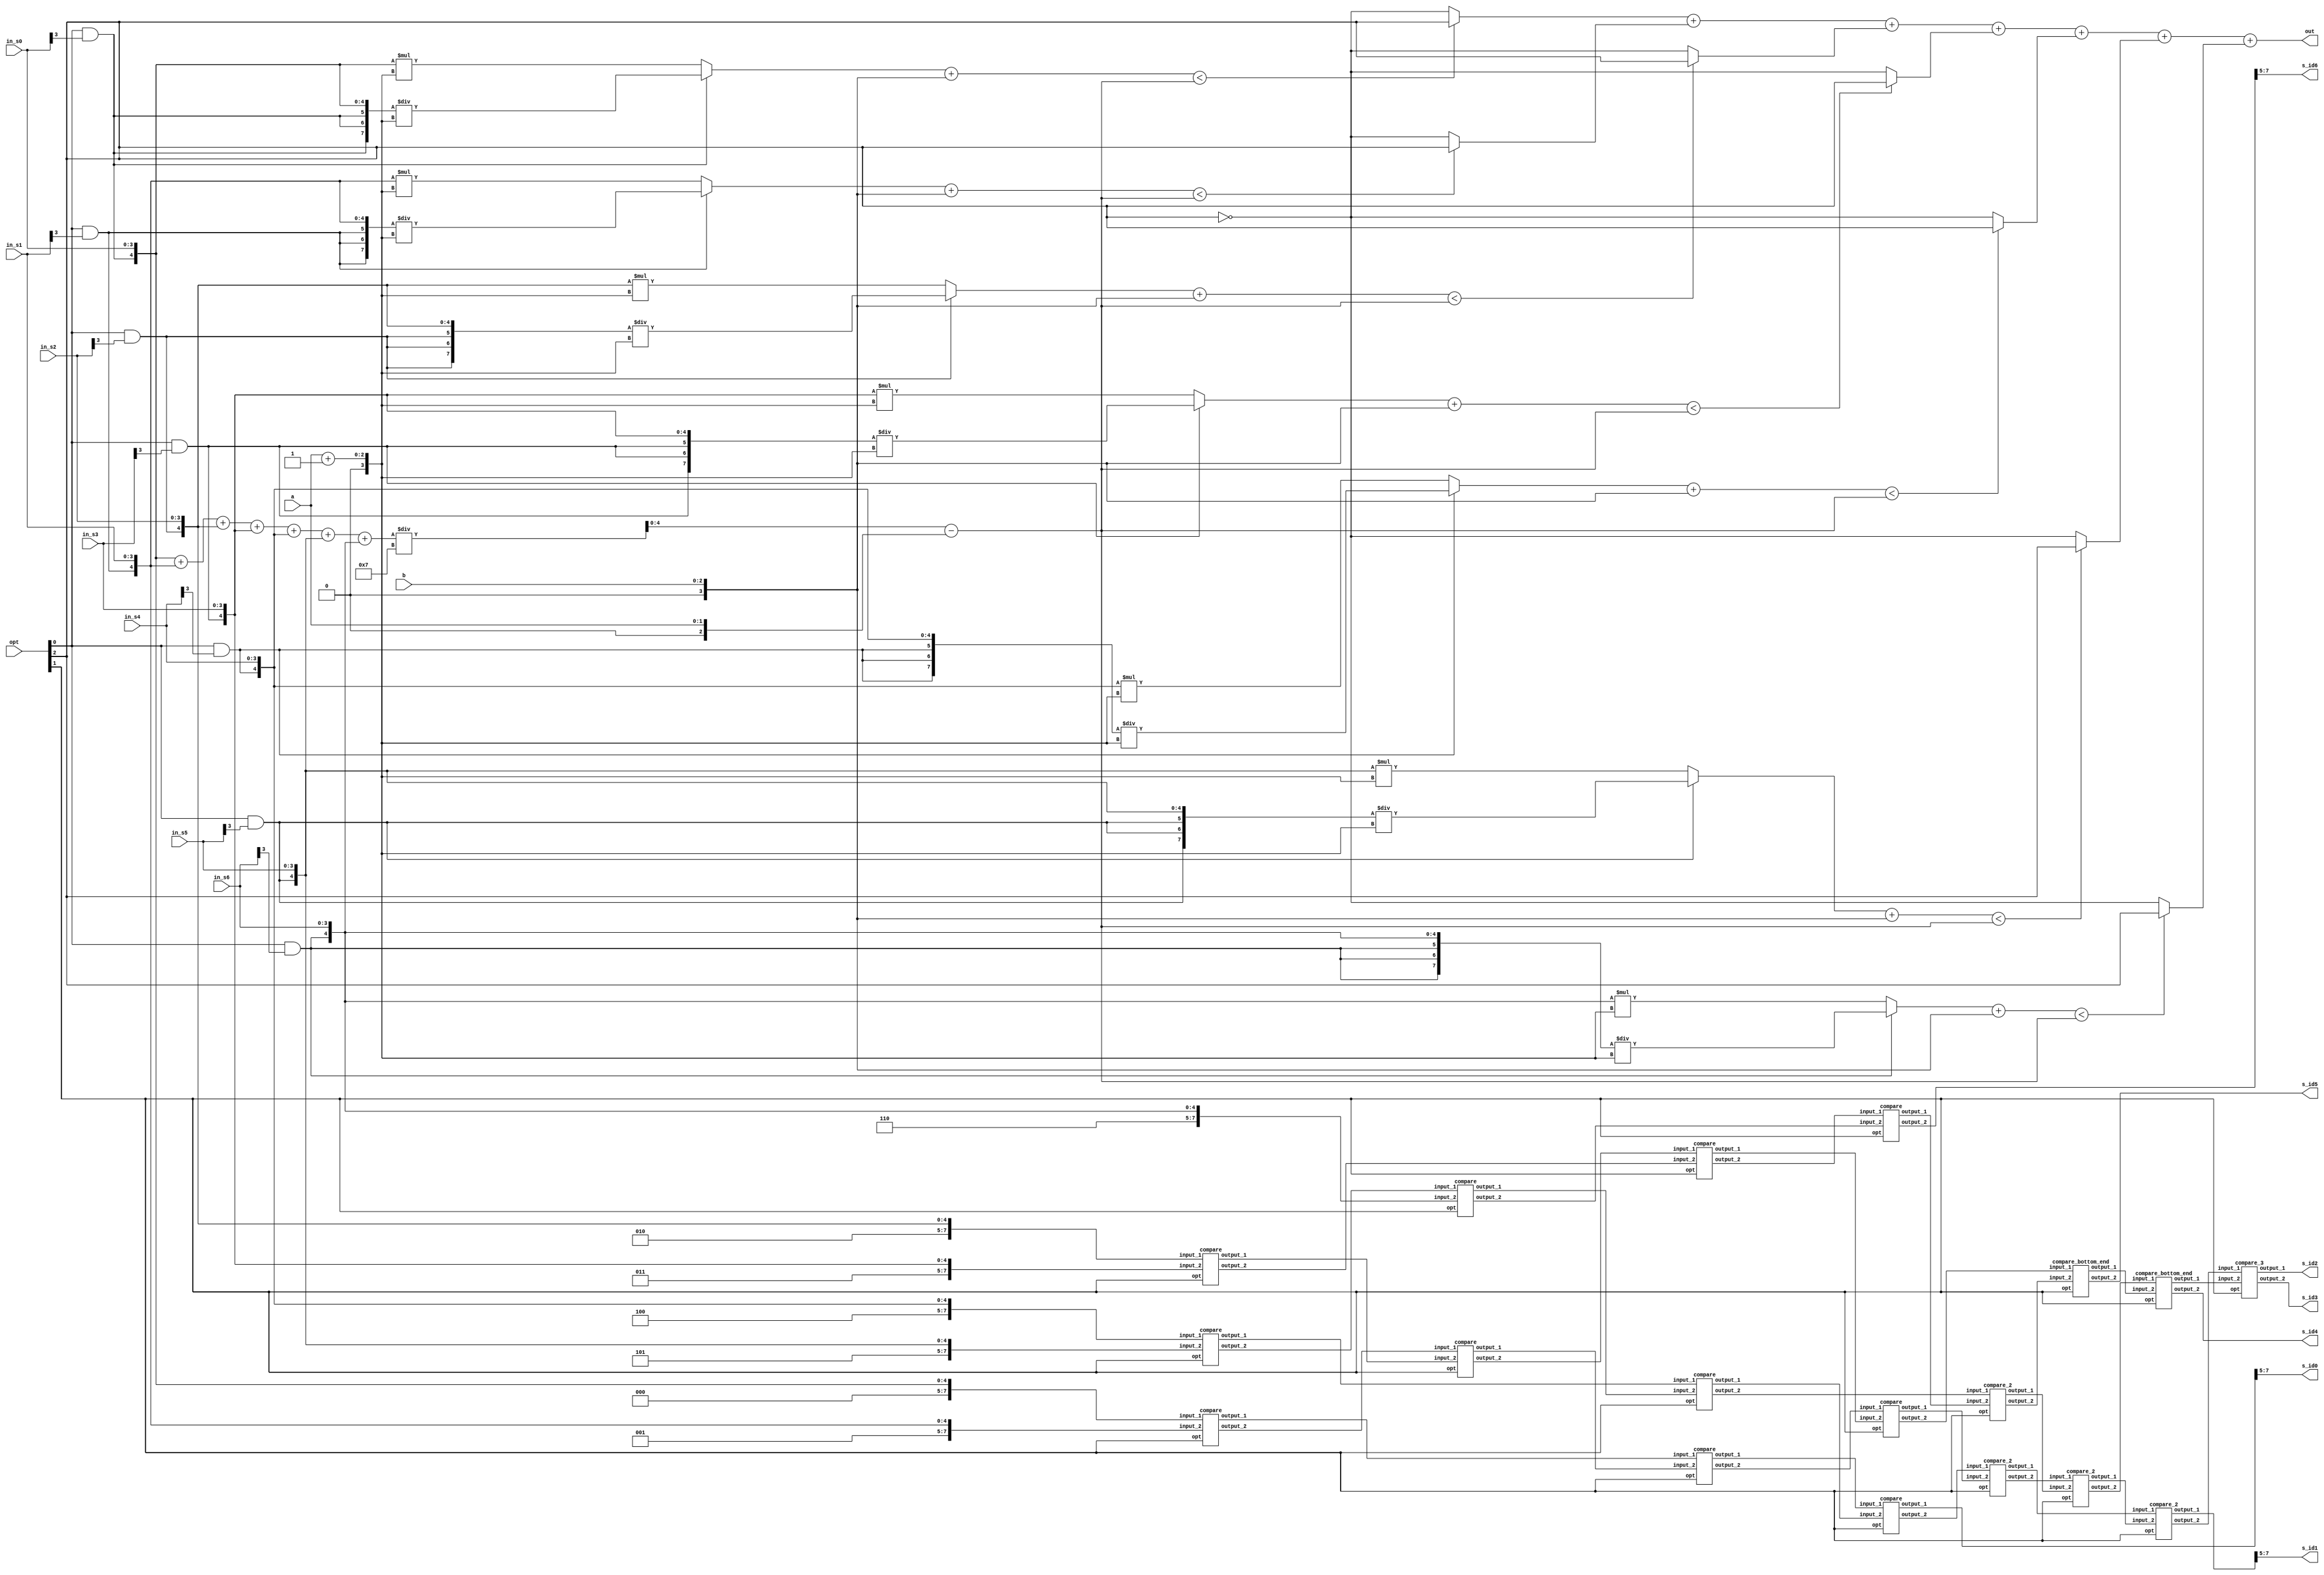
/*
 
****************************************
Report : area
Design : CC
Version: R-2020.09
Date   : Sat Feb 25 04:03:56 2023
****************************************

Library(s) Used:

    slow (File: /RAID2/COURSE/iclab/iclabta01/umc018/Synthesis/slow.db)

Number of ports:                           60
Number of nets:                          1231
Number of cells:                         1151
Number of combinational cells:           1151
Number of sequential cells:                 0
Number of macros/black boxes:               0
Number of buf/inv:                        185
Number of references:                      44

Combinational area:              21508.502718
Buf/Inv area:                     1846.152067
Noncombinational area:               0.000000
Macro/Black Box area:                0.000000
Net Interconnect area:      undefined  (No wire load specified)

Total cell area:                 21508.502718
Total area:                 undefined
1

*/


module CC(
  in_s0,
  in_s1,
  in_s2,
  in_s3,
  in_s4,
  in_s5,
  in_s6,
  opt,
  a,
  b,
  s_id0,
  s_id1,
  s_id2,
  s_id3,
  s_id4,
  s_id5,
  s_id6,
  out

);
input [3:0]in_s0;
input [3:0]in_s1;
input [3:0]in_s2;
input [3:0]in_s3;
input [3:0]in_s4;
input [3:0]in_s5;
input [3:0]in_s6;
input [2:0]opt;
input [1:0]a;
input [2:0]b;
output [2:0] s_id0;
output [2:0] s_id1;
output [2:0] s_id2;
output [2:0] s_id3;
output [2:0] s_id4;
output [2:0] s_id5;
output [2:0] s_id6;
output [2:0] out; 
//==================================================================
// reg & wire
//==================================================================
wire signed [4+3:0] in_t0, in_t1, in_t2, in_t3, in_t4, in_t5, in_t6;
wire signed [7:0] temp_1,temp_2,temp_3,temp_4,temp_5,temp_6,temp_7,temp_8,temp_9,temp_10,
                  temp_11,temp_12,temp_13,temp_14,temp_15,temp_16,temp_17,temp_18,temp_19,temp_20,
                  temp_21,temp_22,temp_23,temp_24,temp_25,temp_26,temp_27,temp_28,temp_29,//temp_30,
                  temp_31,temp_32,temp_33;//,temp_34;//,temp_35,temp_36;
wire signed [2:0] temp_30,temp_34,temp_35,temp_36;  //temp_31 cannot use[2:0] for area is not decreasing
reg signed [7:0] sum;
reg signed [4:0] qutio;
wire signed [2:0] alpha;
wire signed [3:0] alpha_p;
reg signed [4:0] pass_score;

wire signed [7:0] new_score[6:0]; 
wire signed [3:0] beta;
wire pass_num [6:0];
wire vote, unvote;
wire signed [7:0] score_qutio[6:0];
wire signed [7:0] score_product[6:0];
wire signed [7:0] score_product_dete[6:0];


//==================================================================
// design
//==================================================================
assign  in_t0 = {3'd0,(opt[0]&in_s0[3]),in_s0};
assign  in_t1 = {3'd1,(opt[0]&in_s1[3]),in_s1};
assign  in_t2 = {3'd2,(opt[0]&in_s2[3]),in_s2};
assign  in_t3 = {3'd3,(opt[0]&in_s3[3]),in_s3};
assign  in_t4 = {3'd4,(opt[0]&in_s4[3]),in_s4};
assign  in_t5 = {3'd5,(opt[0]&in_s5[3]),in_s5};
assign  in_t6 = {3'd6,(opt[0]&in_s6[3]),in_s6};
assign alpha = {1'b0,a};
assign alpha_p = {1'b0,alpha}+1'b1;
assign beta = {1'b0,b};


//--------------------
//  OUTPUTS
//--------------------
assign out = pass_num[0] + pass_num[1] + pass_num[2] + pass_num[3] +pass_num[4] + pass_num[5] + pass_num[6];
assign  s_id0 = temp_19[7:5];
assign  s_id1 = temp_31[7:5];
assign  s_id2 = temp_35;//[7:5];
assign  s_id3 = temp_36;//[7:5];
assign  s_id4 = temp_34;//[7:5];
assign  s_id5 = temp_30;//[7:5];
assign  s_id6 = temp_22[7:5];

//--------------------
//  SORT by MERGE SORT
//--------------------
compare M1(.input_1(in_t0),.input_2(in_t1),.opt(opt[1]),.output_1(temp_1),.output_2(temp_2));
compare M2(.input_1(in_t2),.input_2(in_t3),.opt(opt[1]),.output_1(temp_3),.output_2(temp_4));
compare M3(.input_1(in_t4),.input_2(in_t5),.opt(opt[1]),.output_1(temp_5),.output_2(temp_6));
compare M4(.input_1(temp_2),.input_2(temp_3),.opt(opt[1]),.output_1(temp_7),.output_2(temp_8));
compare M5(.input_1(temp_6),.input_2(in_t6),.opt(opt[1]),.output_1(temp_9),.output_2(temp_10));
compare M6(.input_1(temp_1),.input_2(temp_7),.opt(opt[1]),.output_1(temp_11),.output_2(temp_12));
compare M7(.input_1(temp_8),.input_2(temp_4),.opt(opt[1]),.output_1(temp_13),.output_2(temp_14));
compare M8(.input_1(temp_5),.input_2(temp_9),.opt(opt[1]),.output_1(temp_15),.output_2(temp_16));
compare M9(.input_1(temp_12),.input_2(temp_13),.opt(opt[1]),.output_1(temp_17),.output_2(temp_18));
//

compare M10(.input_1(temp_11),.input_2(temp_15),.opt(opt[1]),.output_1(temp_19),.output_2(temp_20));
compare M11(.input_1(temp_14),.input_2(temp_10),.opt(opt[1]),.output_1(temp_21),.output_2(temp_22));
compare_2 M12(.input_1(temp_20),.input_2(temp_17),.opt(opt[1]),.output_1(temp_23),.output_2(temp_24));
compare_2 M13(.input_1(temp_16),.input_2(temp_21),.opt(opt[1]),.output_1(temp_25),.output_2(temp_26));
compare_2 M14(.input_1(temp_24),.input_2(temp_25),.opt(opt[1]),.output_1(temp_27),.output_2(temp_28));
compare_bottom_end M15(.input_1(temp_18),.input_2(temp_26),.opt(opt[1]),.output_1(temp_29),.output_2(temp_30));
compare_2 M16(.input_1(temp_23),.input_2(temp_27),.opt(opt[1]),.output_1(temp_31),.output_2(temp_32));
compare_bottom_end M17(.input_1(temp_28),.input_2(temp_29),.opt(opt[1]),.output_1(temp_33),.output_2(temp_34));
compare_3 M18(.input_1(temp_32),.input_2(temp_33),.opt(opt[1]),.output_1(temp_35),.output_2(temp_36));

//---------------------------------------
//  Vote if the student pass/fail the test
//----------------------------------------
assign vote = opt[2]^1'b0;
assign unvote = ~vote;

assign pass_num[0] = (new_score[0]<pass_score)?vote:unvote;
assign pass_num[1] = (new_score[1]<pass_score)?vote:unvote;
assign pass_num[2] = (new_score[2]<pass_score)?vote:unvote;
assign pass_num[3] = (new_score[3]<pass_score)?vote:unvote;
assign pass_num[4] = (new_score[4]<pass_score)?vote:unvote;
assign pass_num[5] = (new_score[5]<pass_score)?vote:unvote;
assign pass_num[6] = (new_score[6]<pass_score)?vote:unvote;

//-----------------------------------
//  Score Linear Translation
//-----------------------------------
  assign score_qutio[0] = $signed(in_t0[4:0])/alpha_p;
  assign score_product[0] = $signed(in_t0[4:0])*alpha_p;
  assign score_qutio[1] = $signed(in_t1[4:0])/alpha_p;
  assign score_product[1] = $signed(in_t1[4:0])*alpha_p;
  assign score_qutio[2] = $signed(in_t2[4:0])/alpha_p;
  assign score_product[2] = $signed(in_t2[4:0])*alpha_p;
  assign score_qutio[3] = $signed(in_t3[4:0])/alpha_p;
  assign score_product[3] = $signed(in_t3[4:0])*alpha_p;
  assign score_qutio[4] = $signed(in_t4[4:0])/alpha_p;
  assign score_product[4] = $signed(in_t4[4:0])*alpha_p;
  assign score_qutio[5] = $signed(in_t5[4:0])/alpha_p;
  assign score_product[5] = $signed(in_t5[4:0])*alpha_p;
  assign score_qutio[6] = $signed(in_t6[4:0])/alpha_p;
  assign score_product[6] = $signed(in_t6[4:0])*alpha_p;

  assign score_product_dete[0] = (in_t0[4])?score_qutio[0]:score_product[0];
  assign score_product_dete[1] = (in_t1[4])?score_qutio[1]:score_product[1];
  assign score_product_dete[2] = (in_t2[4])?score_qutio[2]:score_product[2];
  assign score_product_dete[3] = (in_t3[4])?score_qutio[3]:score_product[3];
  assign score_product_dete[4] = (in_t4[4])?score_qutio[4]:score_product[4];
  assign score_product_dete[5] = (in_t5[4])?score_qutio[5]:score_product[5];
  assign score_product_dete[6] = (in_t6[4])?score_qutio[6]:score_product[6];

  assign new_score[0] = score_product_dete[0] + beta;
  assign new_score[1] = score_product_dete[1] + beta;
  assign new_score[2] = score_product_dete[2] + beta;
  assign new_score[3] = score_product_dete[3] + beta;
  assign new_score[4] = score_product_dete[4] + beta;
  assign new_score[5] = score_product_dete[5] + beta;
  assign new_score[6] = score_product_dete[6] + beta;



always @* begin
  
  sum = $signed(in_t0[4:0]) + $signed(in_t1[4:0]) + $signed(in_t2[4:0]) +$signed(in_t3[4:0]) + $signed(in_t4[4:0]) + $signed(in_t5[4:0]) +$signed(in_t6[4:0]);
  qutio = sum / $signed(4'd7);
  pass_score = qutio-alpha;
/*

  if(in_t0[4])begin
    new_score[0] = ($signed(in_t0[4:0])/alpha_p) + beta;
  end
  else begin
    new_score[0] = ($signed(in_t0[4:0])*alpha_p) + beta;
  end
  if(in_t1[4])begin
    new_score[1] = ($signed(in_t1[4:0])/alpha_p) + beta;
  end
  else begin
    new_score[1] = ($signed(in_t1[4:0])*alpha_p) + beta;
  end
  if(in_t2[4])begin
    new_score[2] = ($signed(in_t2[4:0])/alpha_p) + beta;
  end
  else begin
    new_score[2] = ($signed(in_t2[4:0])*alpha_p) + beta;
  end

  if(in_t3[4])begin
    new_score[3] = ($signed(in_t3[4:0])/alpha_p) + beta;
  end
  else begin
    new_score[3] = ($signed(in_t3[4:0])*alpha_p) + beta;
  end
  if(in_t4[4])begin
    new_score[4] = ($signed(in_t4[4:0])/alpha_p) + beta;
  end
  else begin
    new_score[4] = ($signed(in_t4[4:0])*alpha_p) + beta;
  end
  if(in_t5[4])begin
    new_score[5] = ($signed(in_t5[4:0])/alpha_p) + beta;
  end
  else begin
    new_score[5] = ($signed(in_t5[4:0])*alpha_p) + beta;
  end
  if(in_t6[4])begin
    new_score[6] = ($signed(in_t6[4:0])/alpha_p) + beta;
  end
  else begin
    new_score[6] = ($signed(in_t6[4:0])*alpha_p) + beta;
  end
*/
end


endmodule


module compare(input_1,input_2,opt,output_1,output_2);
input [7:0] input_1, input_2;
input opt;
output reg [7:0] output_1, output_2;
wire signed [4:0] num_1, num_2;

//wire [7:0] tem_1, tem_2;

               // This is "case" method
wire [2:0] op;
wire small_fg, large_fg;
assign num_1 = input_1[4:0];
assign num_2 = input_2[4:0];
assign small_fg = num_1<num_2;
assign large_fg = num_1>num_2;
assign op ={opt,small_fg,large_fg};
always @* begin
  case(op)
    3'b110,3'b001:begin
      output_1 = input_2;
      output_2 = input_1;
    end
    default:begin
      output_1 = input_1;
      output_2 = input_2;
    end
  endcase
end


/*   // This is "original" method

always @* begin
  if(opt)begin
    output_1 = (num_1<num_2)?input_2:input_1;
    output_2 = (num_1<num_2)?input_1:input_2;
  end
  else begin
    output_1 = (num_1>num_2)?input_2:input_1;
    output_2 = (num_1>num_2)?input_1:input_2;
  end
end
*/


endmodule



module compare_10(input_1,input_2,opt,output_1,output_2);
input [7:0] input_1, input_2;
input opt;
output reg [7:0] output_1, output_2;
wire signed [4:0] num_1, num_2;

//wire [7:0] tem_1, tem_2;

               // This is "case" method
wire [2:0] op;
wire small_fg, large_fg;
assign num_1 = input_1[4:0];
assign num_2 = input_2[4:0];
assign small_fg = num_1<num_2;
assign large_fg = num_1>num_2;
assign op ={opt,small_fg,large_fg};
always @* begin
  case(op)
    3'b110,3'b001:begin
      output_1 = input_2;
      output_2 = input_1;
    end
    default:begin
      output_1 = input_1;
      output_2 = input_2;
    end
  endcase
end

endmodule

module compare_11(input_1,input_2,opt,output_1,output_2);
input [7:0] input_1, input_2;
input opt;
output reg [7:0] output_1;
output reg [2:0] output_2;
wire signed [4:0] num_1, num_2;

               // This is "case" method
wire [2:0] op;
wire small_fg, large_fg;
assign num_1 = input_1[4:0];
assign num_2 = input_2[4:0];
assign small_fg = num_1<num_2;
assign large_fg = num_1>num_2;
assign op ={opt,small_fg,large_fg};
always @* begin
  case(op)
    3'b110,3'b001:begin
      output_1 = input_2;
      output_2 = input_1[7:5];
    end
    default:begin
      output_1 = input_1;
      output_2 = input_2[7:5];
    end
  endcase
end

endmodule












module compare_2(input_1,input_2,opt,output_1,output_2);
input [7:0] input_1, input_2;
input opt;
output reg [7:0] output_1, output_2;
wire signed [4:0] num_1, num_2;
wire swap_flag;
wire equal_swap_flag, small_fg, large_fg;
wire [3:0] op;

assign num_1 = input_1[4:0];
assign num_2 = input_2[4:0];
assign small_fg = num_1<num_2;
assign large_fg = num_1>num_2;
//assign equal_flag = (num_1==num_2); 
//assign equal_swap_flag = (input_1[7:5]<input_2[7:5])&equal_flag;
assign equal_swap_flag = (input_1[7:5]<input_2[7:5])&~(small_fg|large_fg);
assign op = {opt,small_fg,large_fg,equal_swap_flag};
always@ * begin
  case(op)
  4'b1010,4'b1001,4'b0100,4'b0001:begin
      output_1 = input_1;
      output_2 = input_2;
  end

  default:begin
      output_1 = input_2;
      output_2 = input_1;
  end
endcase


end

/*


always @* begin
  if(opt)begin
    output_1 = ((num_1>num_2)|equal_swap_flag)?input_1:input_2;
    output_2 = ((num_1>num_2)|equal_swap_flag)?input_2:input_1;
  end
  else begin
    output_1 = ((num_1<num_2)|equal_swap_flag)?input_1:input_2;
    output_2 = ((num_1<num_2)|equal_swap_flag)?input_2:input_1;
  end
end

*/

endmodule


module compare_3(input_1,input_2,opt,output_1,output_2);
input [7:0] input_1, input_2;
input opt;
output reg [2:0] output_1, output_2;
wire signed [4:0] num_1, num_2;
wire swap_flag;
wire equal_swap_flag, small_fg, large_fg;
wire [3:0] op;

assign num_1 = input_1[4:0];
assign num_2 = input_2[4:0];
assign small_fg = num_1<num_2;
assign large_fg = num_1>num_2;
//assign equal_flag = (num_1==num_2); 
//assign equal_swap_flag = (input_1[7:5]<input_2[7:5])&equal_flag;
assign equal_swap_flag = (input_1[7:5]<input_2[7:5])&~(small_fg|large_fg);
assign op = {opt,small_fg,large_fg,equal_swap_flag};
always@ * begin
  case(op)
  4'b1010,4'b1001,4'b0100,4'b0001:begin
      output_1 = input_1[7:5];
      output_2 = input_2[7:5];
  end

  default:begin
      output_1 = input_2[7:5];
      output_2 = input_1[7:5];
  end
endcase


end

/*


always @* begin
  if(opt)begin
    output_1 = ((num_1>num_2)|equal_swap_flag)?input_1:input_2;
    output_2 = ((num_1>num_2)|equal_swap_flag)?input_2:input_1;
  end
  else begin
    output_1 = ((num_1<num_2)|equal_swap_flag)?input_1:input_2;
    output_2 = ((num_1<num_2)|equal_swap_flag)?input_2:input_1;
  end
end

*/

endmodule







// Below is for M16
module compare_top_end(input_1,input_2,opt,output_1,output_2);
input [7:0] input_1, input_2;
input opt;
output reg [2:0] output_1;
output reg [7:0] output_2;
wire signed [4:0] num_1, num_2;
wire swap_flag;
wire equal_swap_flag, small_fg, large_fg;
wire [3:0] op;

assign num_1 = input_1[4:0];
assign num_2 = input_2[4:0];
assign small_fg = num_1<num_2;
assign large_fg = num_1>num_2;
//assign equal_flag = (num_1==num_2); 
//assign equal_swap_flag = (input_1[7:5]<input_2[7:5])&equal_flag;
assign equal_swap_flag = (input_1[7:5]<input_2[7:5])&~(small_fg|large_fg);
assign op = {opt,small_fg,large_fg,equal_swap_flag};
always@ * begin
  case(op)
  4'b1010,4'b1001,4'b0100,4'b0001:begin
      output_1 = input_1[7:5];
      output_2 = input_2;
  end

  default:begin
      output_1 = input_2[7:5];
      output_2 = input_1;
  end
endcase


end
endmodule


// Below is for M15,M17
module compare_bottom_end(input_1,input_2,opt,output_1,output_2);
input [7:0] input_1, input_2;
input opt;
output reg [7:0] output_1;
output reg [2:0] output_2;
wire signed [4:0] num_1, num_2;
wire swap_flag;
wire equal_swap_flag, small_fg, large_fg;
wire [3:0] op;

assign num_1 = input_1[4:0];
assign num_2 = input_2[4:0];
assign small_fg = num_1<num_2;
assign large_fg = num_1>num_2;
//assign equal_flag = (num_1==num_2); 
//assign equal_swap_flag = (input_1[7:5]<input_2[7:5])&equal_flag;
assign equal_swap_flag = (input_1[7:5]<input_2[7:5])&~(small_fg|large_fg);
assign op = {opt,small_fg,large_fg,equal_swap_flag};
always@ * begin
  case(op)
  4'b1010,4'b1001,4'b0100,4'b0001:begin
      output_1 = input_1;
      output_2 = input_2[7:5];
  end

  default:begin
      output_1 = input_2;
      output_2 = input_1[7:5];
  end
endcase


end
endmodule